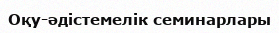
Оқу-әдістемелік семинарлары